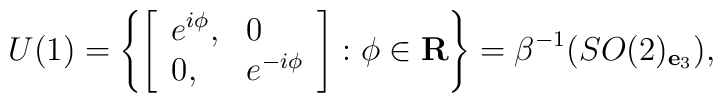
U(1)=\left\{\left[\begin{array}{ll}e^{i\phi},&0\\0,&e^{-i\phi}\end{array}\right]:\phi\in{\bf R}\right\}=\beta^{-1}(SO(2)_{{\bf e}_3}),